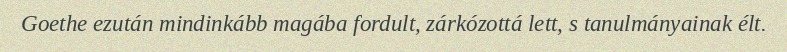
Goethe ezután mindinkább magába fordult, zárkózottá lett, s tanulmányainak élt.